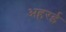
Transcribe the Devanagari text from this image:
अहरई